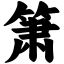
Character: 箫